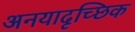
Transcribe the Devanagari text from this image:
अनयादृच्छिक